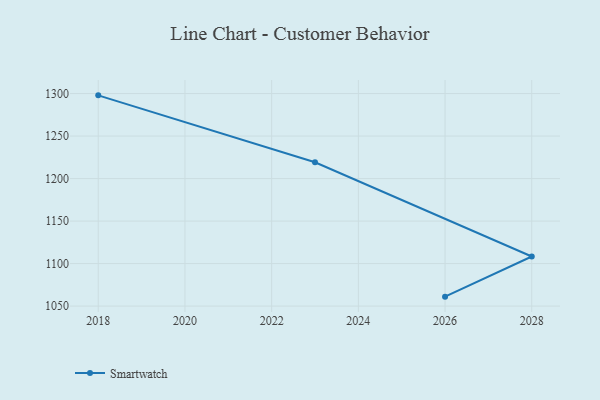
{"axis": {"x": "Year", "y": "Net Income (USD K)"}, "legend": ["Smartwatch"], "data": [{"x": "2026", "y": 1061.1, "type": "Smartwatch"}, {"x": "2028", "y": 1108.3, "type": "Smartwatch"}, {"x": "2023", "y": 1219.2, "type": "Smartwatch"}, {"x": "2018", "y": 1297.9, "type": "Smartwatch"}]}